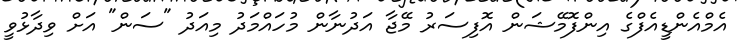
އެމްއެންޑީއެފްގެ އިންފޮމޭޝަން އޮފިސަރު މޭޖާ އަދުނާން މުހައްމަދު މިއަދު "ސަން" އަށް ވިދާޅުވީ